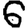
Digit: 6